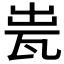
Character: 𤬼